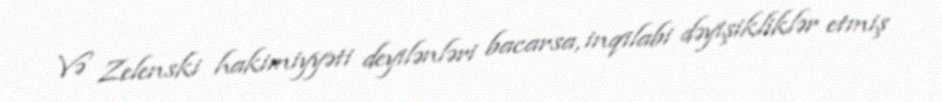
Və Zelenski hakimiyyəti deyilənləri bacarsa, inqilabi dəyişikliklər etmiş